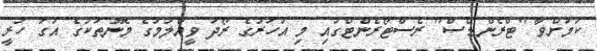
ކަމަށްވާ "ޓްރެންޑްސް" ރެސްޓޯރެންޓްގައި މި އަހަރުގެ ރޯދަ ވީއްލުމުގެ މެނޫތަކުގެ އަގު ހުރީ